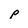
Character: p